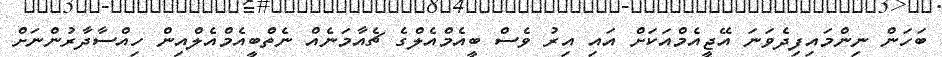
ބަހަން ނިންމައިފިދެވަނަ އޭޖީއެމްއަކަށް އައި އިރު ވެސް ބީއެމްއެލްގެ ޗެއާމަނެއް ނެތްބީއެމްއެލްއިން ހިއްސާދާރުންނަށް